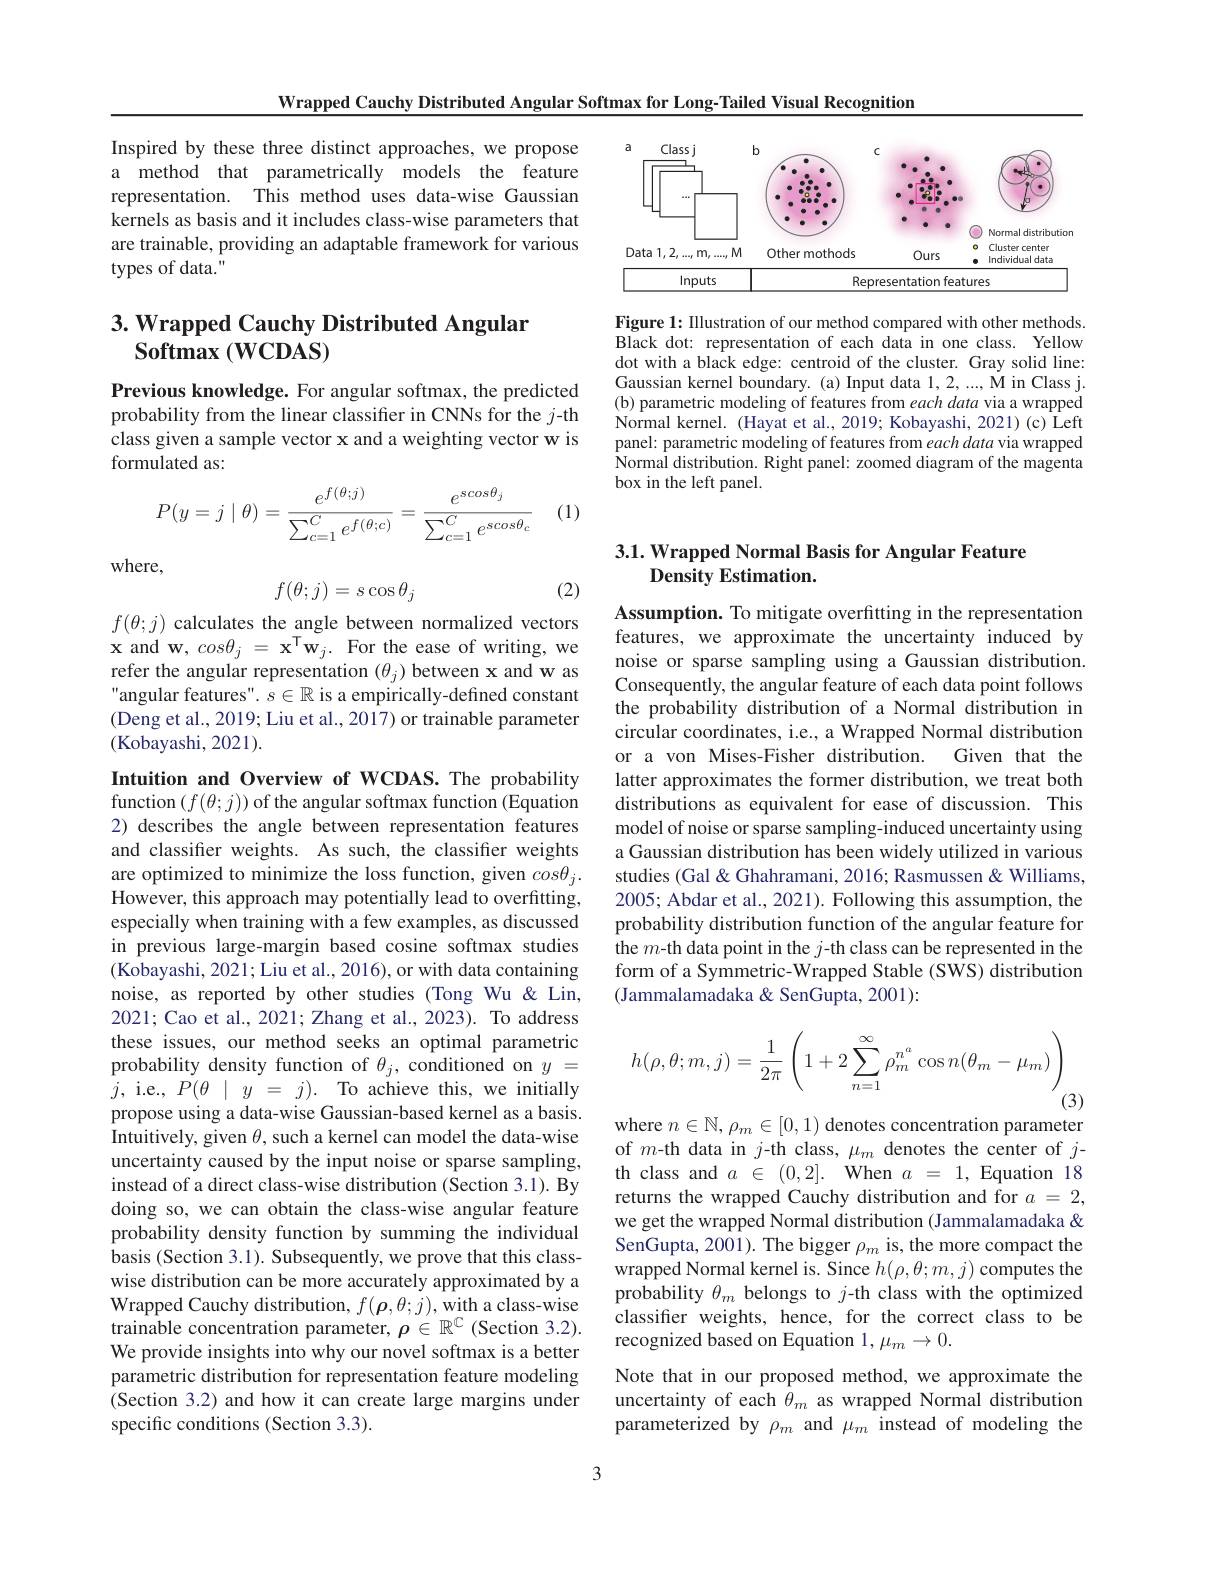
Wrapped Cauchy Distributed Angular Softmax for Long-Tailed Visual Recognition

Inspired by these three distinct approaches, we propose a method that parametrically models the feature representation. This method uses data-wise Gaussian kernels as basis and it includes class-wise parameters that are trainable, providing an adaptable framework for various types of data."

# 3. Wrapped Cauchy Distributed Angular $\textbf{Softmax }( \mathbf{WCDAS})$

Previous knowledge. For angular softmax, the predicted probability from the linear classiffer in CNNs for the $j$-th class given a sample vector x and a weighting vector w is formulated as:

(1)
$$P(y=j\mid\theta)=\frac{e^{f(\theta;j)}}{\sum_{c=1}^Ce^{f(\theta;c)}}=\frac{e^{scos\theta_j}}{\sum_{c=1}^Ce^{scos\theta_c}}$$
where,
$$f(\theta;j)=s\cos\theta_j$$
(2)

$f(\theta;j)$ calculates the angle between normalized vectors $\mathbf{x}$ and w$,cos\theta_j=\mathbf{x}^{\mathsf{T}}\mathbf{w}_j.$ For the ease of writing, we refer the angular representation $(\theta_j)$ between x and w as angular features". $s\in\mathbb{R}$ is a empirically-defined constant (Deng et al., 2019; Liu et al., 2017) or trainable parameter (Kobayashi, 2021).

Intuition and Overview of WCDAS. The probability function $(f(\theta;j))$ of the angular softmax function (Equation 2) describes the angle between representation features and classifier weights. As such, the classifier weights are optimized to minimize the loss function, given $cos\theta_j.$ However, this approach may potentially lead to overfitting, especially when training with a few examples, as discussed in previous large-margin based cosine softmax studies (Kobayashi, 2021; Liu et al., 2016), or with data containing noise, as reported by other studies (Tong Wu& Lin, 2021; Cao et al., 2021; Zhang et al., 2023). To address these issues, our method seeks an optimal parametric probability density function of $\theta_j$, conditioned on $y=$ $j$,i.e.,$P(\theta|y=j).$To achieve this,we initially propose using a data-wise Gaussian-based kernel as a basis. Intuitively, given $\theta$, such a kernel can model the data-wise uncertainty caused by the input noise or sparse sampling, instead of a direct class-wise distribution (Section 3.1). By doing so, we can obtain the class-wise angular feature probability density function by summing the individual basis (Section 3.1). Subsequently, we prove that this classwise distribution can be more accurately approximated by a Wrapped Cauchy distribution, $f(\boldsymbol{\rho},\theta;j)$, with a class-wise trainable concentration parameter, $\rho\in\mathbb{R}^{\mathbb{C}}$ (Section 3.2). We provide insights into why our novel softmax is a better parametric distribution for representation feature modeling (Section 3.2) and how it can create large margins under specific conditions (Section 3.3).

3

<FigureHere>

Figure 1: Illustration of our method compared with other methods. Black dot: representation of each data in one class. Yellow dot with a black edge: centroid of the cluster. Gray solid line: Gaussian kernel boundary. (a) Input data 1,2,...,M in Class j. (b) parametric modeling of features from each data via a wrapped Normal kernel. (Hayat et al., 2019; Kobayashi, 2021) (c) Left panel: parametric modeling of features from each data via wrapped Normal distribution. Right panel: zoomed diagram of the magenta box in the left panel.

## 3.1. Wrapped Normal Basis for Angular Feature Density Estimation.

Assumption. To mitigate overfitting in the representation features, we approximate the uncertainty induced by noise or sparse sampling using a Gaussian distribution. Consequently, the angular feature of each data point follows the probability distribution of a Normal distribution in circular coordinates, i.e., a Wrapped Normal distribution or a von Mises-Fisher distribution.
Given that the
latter approximates the former distribution, we treat both distributions as equivalent for ease of discussion. This model of noise or sparse sampling-induced uncertainty using a Gaussian distribution has been widely utilized in various studies (Gal& Ghahramani, 2016; Rasmussen & Williams 2005; Abdar et al., 2021). Following this assumption, the probability distribution function of the angular feature for the $m$-th data point in the $j$-th class can be represented in the form of a Symmetric-Wrapped Stable (SWS) distribution (Jammalamadaka & SenGupta, 2001):
$$h(\rho,\theta;m,j)=\frac{1}{2\pi}\left(1+2\sum_{n=1}^{\infty}\rho_{m}^{n^{a}}\cos n(\theta_{m}-\mu_{m})\right)$$
$^{\prime}(3)$

where $n\in\mathbb{N},\rho_m\in[0,1)$ denotes concentration parameter

of $m$-th data in $j$-th class, $\mu_m$ denotes the center of $j$- th class and $a\in(0,2].$ When $a=1$, Equation 18 returns the wrapped Cauchy distribution and for $a=2$, we get the wrapped Normal distribution (Jammalamadaka & SenGupta, 2001). The bigger $\rho_m$ is, the more compact the wrapped Normal kernel is. Since $h(\rho,\theta;m,j)$ computes the probability $\theta_m$ belongs to $j$-th class with the optimized classifier weights, hence, for the correct class to be recognized based on Equation 1, $\mu_m\to0.$
Note that in our proposed method, we approximate the uncertainty of each $\theta_m$ as wrapped Normal distribution parameterized by $\rho_m$ and $\mu_m$ instead of modeling the